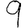
Digit: 9